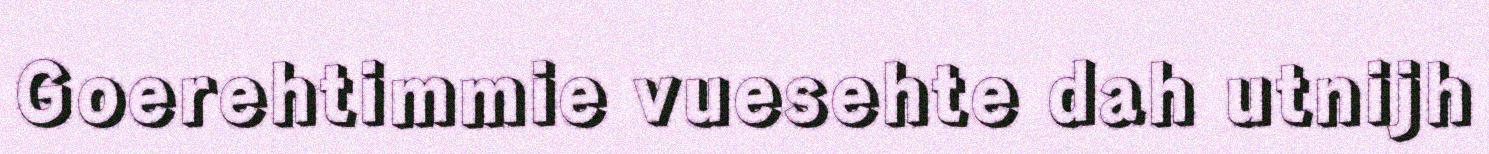
Goerehtimmie vuesehte dah utnijh